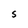
Character: S